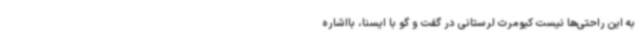
به این راحتی‌ها نیست کیومرث لرستانی در گفت و گو با ایسنا، بااشاره